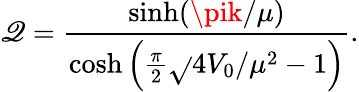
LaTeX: \mathscr{Q}=\frac{{\sinh(\pik/\mu)}}{{\cosh\left({\frac{{\pi}}{{2}}\sqrt{}{{4V_{0}/\mu^{2}-1}}}\right)}}.